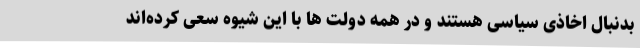
بدنبال اخاذی سیاسی هستند و در همه دولت ها با این شیوه سعی کرده‌اند